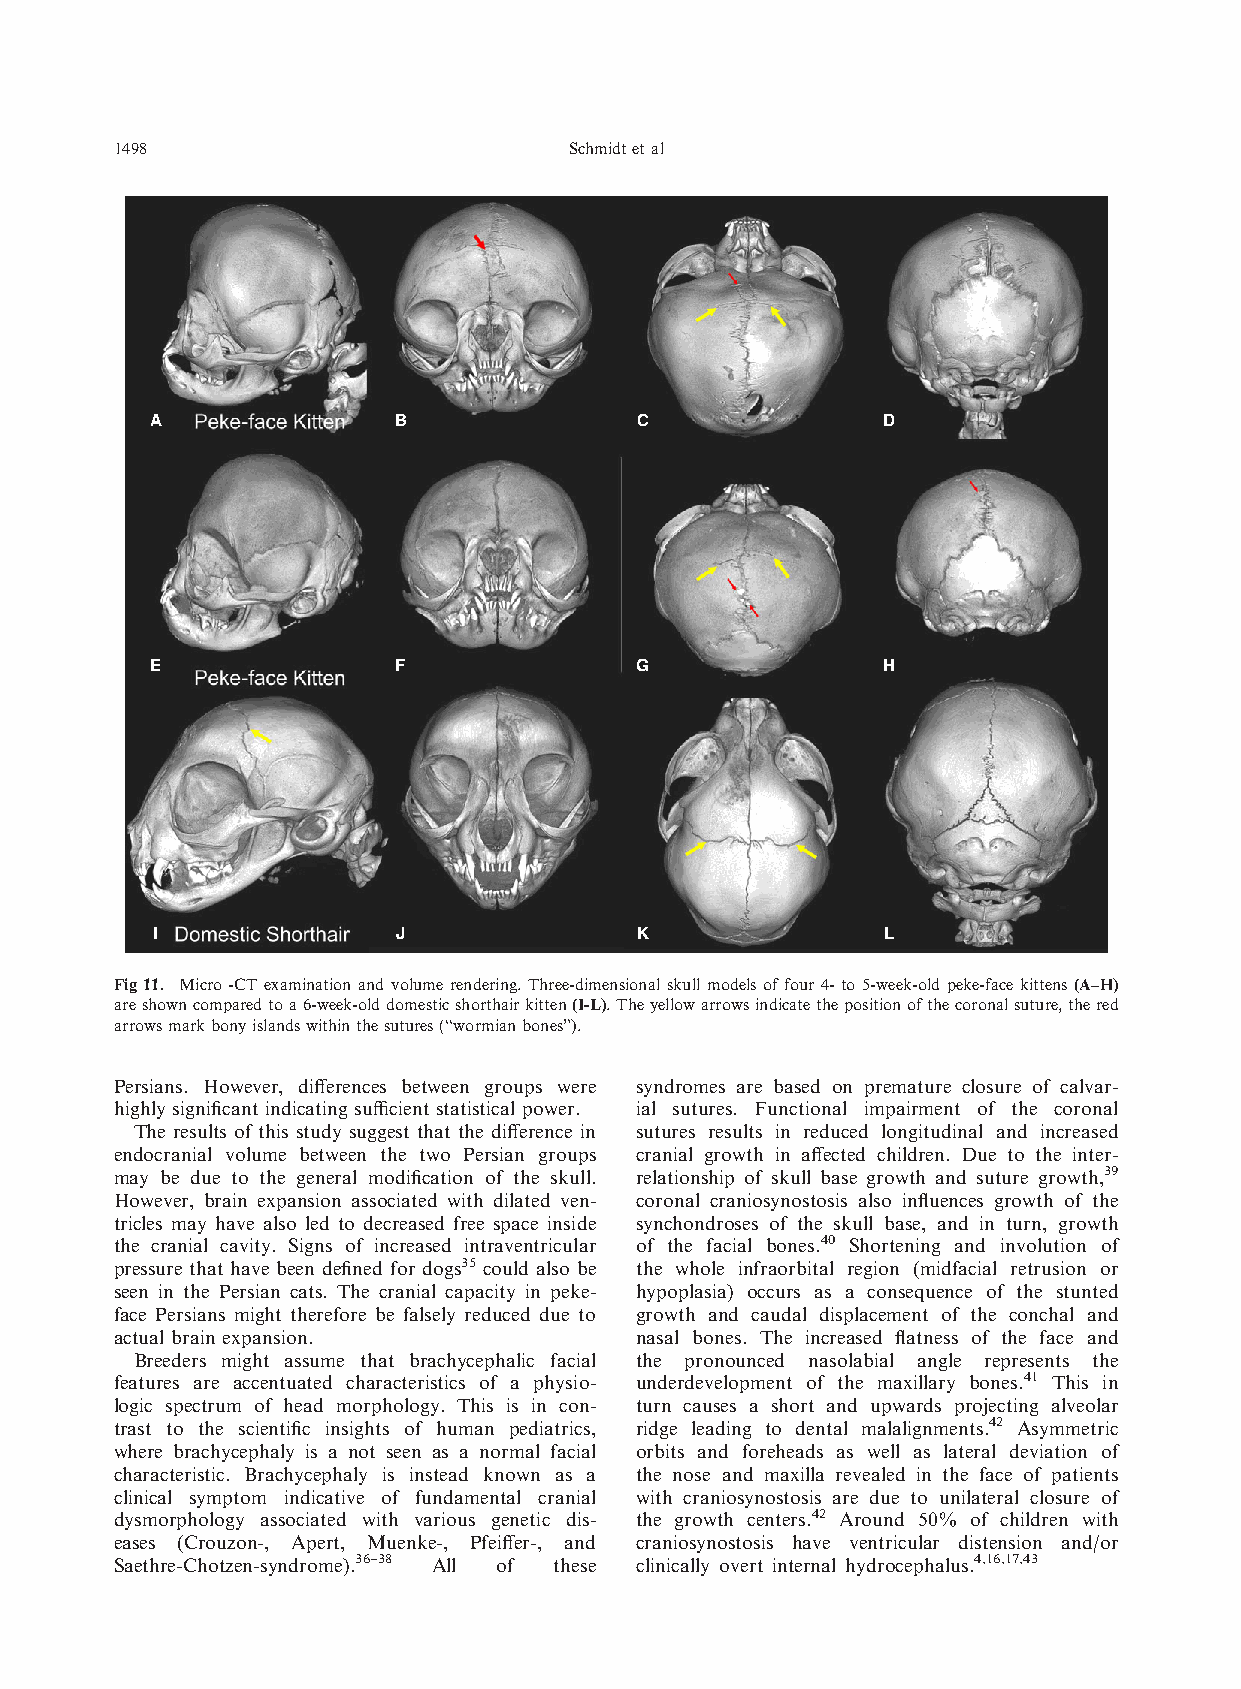
1498                          Schmidtetal
 A               B               C               D
 E               F               G               H
 I               J               K               L
 Fig11. Micro -CT examination and volume rendering.Three-dimensional skull models of four 4- to 5-week-old peke-face kittens (A–H)
 areshowncomparedtoa6-week-olddomesticshorthairkitten(I-L).Theyellowarrowsindicatethepositionofthecoronalsuture,thered
 arrowsmarkbonyislandswithinthesutures(“wormianbones”).
 Persians. However, differences between groups were syndromes are based on premature closure of calvar-
 highly significant indicating sufficient statistical power. ial sutures. Functional impairment of the coronal
 The results of this study suggest that the difference in sutures results in reduced longitudinal and increased
 endocranial volume between the two Persian groups cranial growth in affected children. Due to the inter-
 may be due to the general modification of the skull. relationship of skull base growth and suture growth,39
 However, brain expansion associated with dilated ven- coronal craniosynostosis also influences growth of the
 tricles may have also led to decreased free space inside synchondroses of the skull base, and in turn, growth
 the cranial cavity. Signs of increased intraventricular of the facial bones.40 Shortening and involution of
 pressure that have been defined for dogs35 could also be the whole infraorbital region (midfacial retrusion or
 seen in the Persian cats. The cranial capacity in peke- hypoplasia) occurs as a consequence of the stunted
 face Persians might therefore be falsely reduced due to growth and caudal displacement of the conchal and
 actual brain expansion.           nasal bones. The increased flatness of the face and
 Breeders might assume that brachycephalic facial the pronounced nasolabial angle represents the
 features are accentuated characteristics of a physio- underdevelopment of the maxillary bones.41 This in
 logic spectrum of head morphology. This is in con- turn causes a short and upwards projecting alveolar
 trast to the scientific insights of human pediatrics, ridge leading to dental malalignments.42 Asymmetric
 where brachycephaly is a not seen as a normal facial orbits and foreheads as well as lateral deviation of
 characteristic. Brachycephaly is instead known as a the nose and maxilla revealed in the face of patients
 clinical symptom indicative of fundamental cranial with craniosynostosis are due to unilateral closure of
 dysmorphology associated with various genetic dis- the growth centers.42 Around 50% of children with
 eases (Crouzon-, Apert, Muenke-, Pfeiffer-, and craniosynostosis have ventricular distension and/or
 Saethre-Chotzen-syndrome).36–38 All of these clinically overt internal hydrocephalus.4,16,17,43